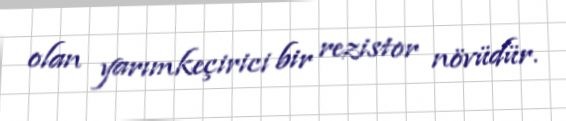
olan yarımkeçirici bir rezistor növüdür.